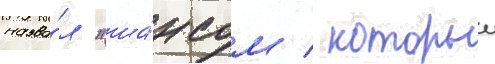
назва́л "ша́нсом / которыи